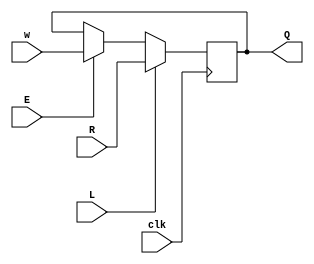
module top_module (
    input clk,
    input w, R, E, L,
    output Q
);
	wire temp;
    assign temp = L?R:(E?w:Q);
    always@(posedge clk)begin
        Q <= temp;
    end
endmodule